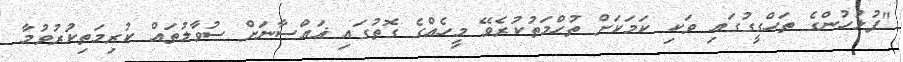
"ފުލުހުންގެ ތަހްގީގުގައި ވަކި ކަމަކަށް ތުހްމަތުކުރެވޭ މީހެއްގެ ގޮތުގައި ޣައްސާނަށް ސުވާލުތައް ކުރިމަތިކުރުވުމާ